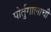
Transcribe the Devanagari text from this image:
पोर्तुगालाची